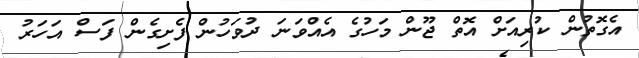
އެގޮތުން ކުރިއަށް އޮތް ޖޫން މަހުގެ އެއްވަނަ ދުވަހުން ފެށިގެން ފަސް އަހަރު